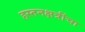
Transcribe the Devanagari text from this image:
हस्तनक्षत्रींचा